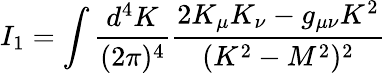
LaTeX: I_{1}=\int\frac{d^{4}K}{(2\pi)^{4}}\frac{2K_{\mu}K_{\nu}-g_{\mu\nu}K^{2}}{(K^{2}-M^{2})^{2}}